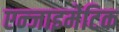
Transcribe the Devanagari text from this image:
एन्जाइमेटिक